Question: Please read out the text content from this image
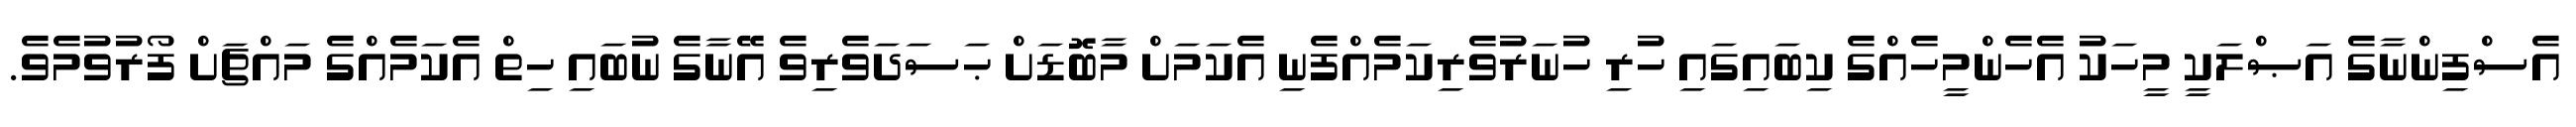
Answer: އެސްފިންނާގެ އަޞްލަކީ މީހަކު އެހެންމީހެއްގެ ކިބައިގައި ހުރި ހުނަރުވެރިކަމެއްފެނި އެކަމަށް މާބޮޑަށް ޙަސަދަވެރިވެ އޭނާގެ ނުބައި ހިތް އެކަމެއްގެ މައްޗަށް ފޯރުވުމެވެ.